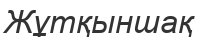
Жұтқыншақ